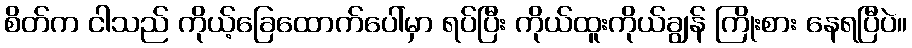
စိတ်က ငါသည် ကိုယ့်ခြေထောက်ပေါ်မှာ ရပ်ပြီး ကိုယ်ထူးကိုယ်ချွန် ကြိုးစား နေရပြီပဲ။